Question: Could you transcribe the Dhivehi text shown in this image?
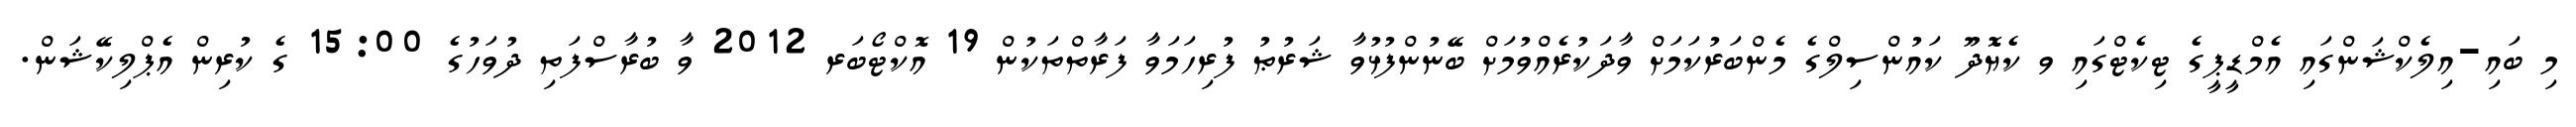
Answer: މި ބައި-އިލެކްޝަންގައި އެމްޑީޕީގެ ޓިކެޓްގައި ވ ކެޔޮދޫ ކައުންސިލްގެ މެންބަރުކަމަށް ވާދަކުރެއްވުމަށް ބޭނުންފުޅުވާ ޝަރުޠު ފުރިހަމަވާ ފަރާތްތަކުން 19 އޮކްޓޯބަރ 2012 ވާ ބުރާސްފަތި ދުވަހުގެ 15:00 ގެ ކުރިން އެޕްލިކޭޝަން.